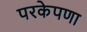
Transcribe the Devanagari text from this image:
परकेपणा